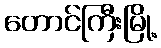
တောင်ကြီးမြို့